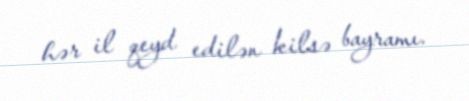
hər il qeyd edilən kilsə bayramı.